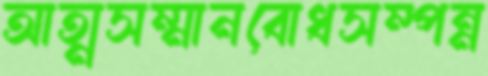
আত্মসম্মানবোধসম্পন্ন